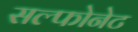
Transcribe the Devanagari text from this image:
सल्फोनेट